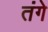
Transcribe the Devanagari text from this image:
तंगे